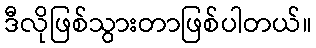
ဒီလိုဖြစ်သွားတာဖြစ်ပါတယ်။